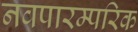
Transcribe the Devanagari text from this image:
नवपारम्परिक